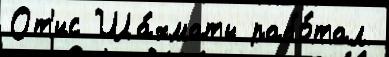
От'ис Ша́хматы рабо́тал